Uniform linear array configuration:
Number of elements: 24
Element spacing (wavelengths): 0.25
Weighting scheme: hann
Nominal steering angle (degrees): -15
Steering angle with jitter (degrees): -16.32
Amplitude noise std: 0.05
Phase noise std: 0.05

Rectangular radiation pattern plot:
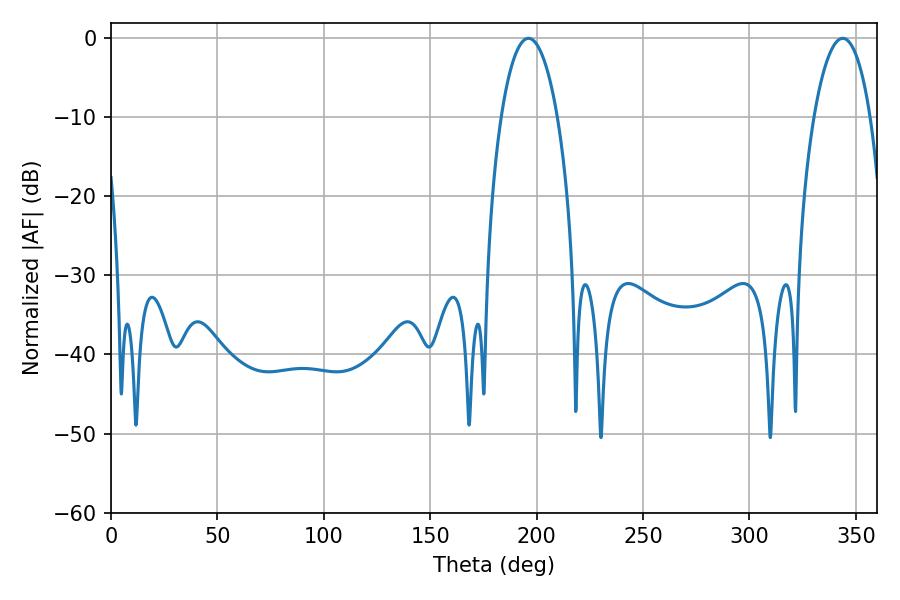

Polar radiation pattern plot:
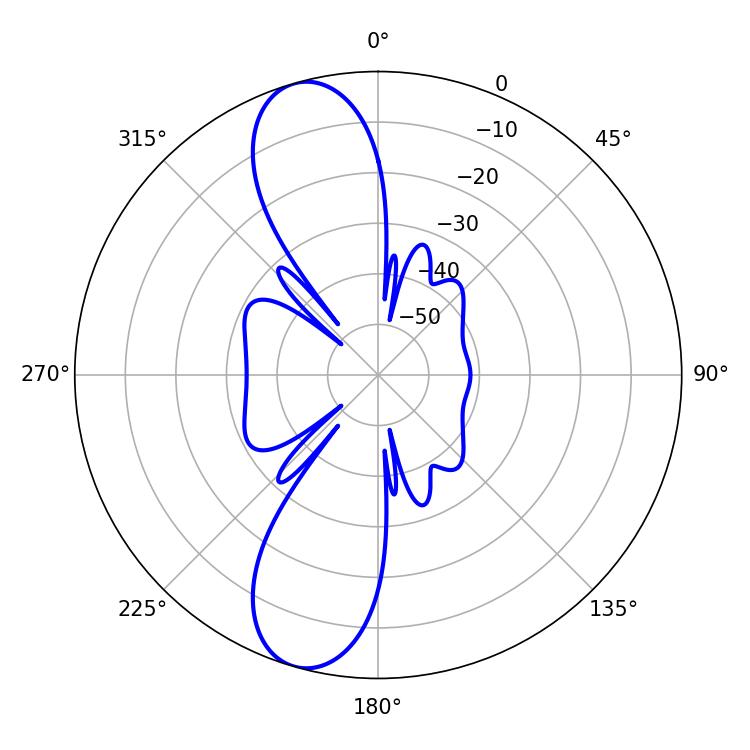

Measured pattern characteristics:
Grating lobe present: FALSE
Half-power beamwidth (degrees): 14.94
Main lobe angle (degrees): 196.2